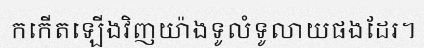
កកើតឡើងវិញយ៉ាងទូលំទូលាយផងដែរ។